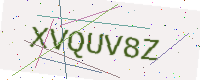
Text: XVQUV8Z